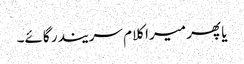
یا پھر میرا کلام سریندر گائے۔